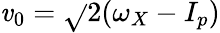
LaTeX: \mathit{v}_{0}=\sqrt{}{{2(\omega_{X}-I_{p})}}